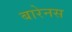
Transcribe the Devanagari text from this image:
बारेनस